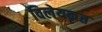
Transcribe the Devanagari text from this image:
विलेयकृत